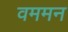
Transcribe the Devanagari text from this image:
वममन